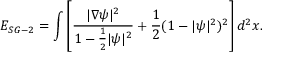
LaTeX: E _ { S G - 2 } = \int \left[ \frac { | \nabla \psi | ^ { 2 } } { 1 - \frac { 1 } { 2 } | \psi | ^ { 2 } } + \frac { 1 } { 2 } ( 1 - | \psi | ^ { 2 } ) ^ { 2 } \right] { d ^ { 2 } x } .